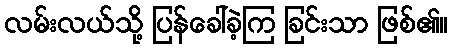
လမ်းလယ်သို့ ပြန်ခေါ်ခဲ့ကြ ခြင်းသာ ဖြစ်၏။